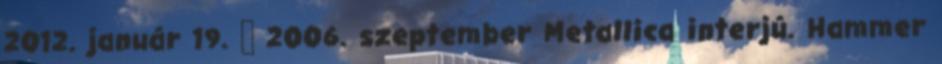
2012. január 19. ↑ 2006. szeptember Metallica interjú. Hammer